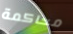
محاكمة